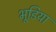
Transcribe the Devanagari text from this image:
भूडि़या